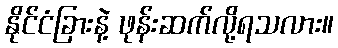
နိုင်ငံခြားနဲ့ ဖုန်းဆက်လို့ရသလား။